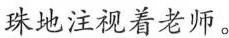
珠地注视着老师。